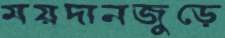
ময়দানজুড়ে